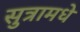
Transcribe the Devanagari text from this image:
सुत्रामधे